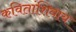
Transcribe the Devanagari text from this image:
कवितांशिवाय